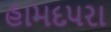
હામદપરા